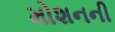
મોશનની